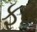
ફટ